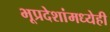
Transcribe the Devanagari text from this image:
भूप्रदेशांमध्येही